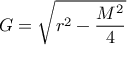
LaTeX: { } G = { \sqrt { r ^ { 2 } - { \frac { M ^ { 2 } } { 4 } } } }